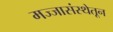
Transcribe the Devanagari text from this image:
मज्जासंस्थेतून